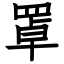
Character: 罩